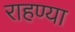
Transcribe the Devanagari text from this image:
राहण्या